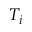
T _ { i }